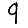
Digit: 9